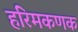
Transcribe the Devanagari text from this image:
हरिमकणक